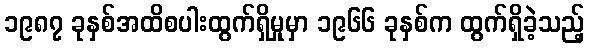
၁၉၈၇ ခုနှစ်အထိစပါးထွက်ရှိမှုမှာ ၁၉၆၆ ခုနှစ်က ထွက်ရှိခဲ့သည့်